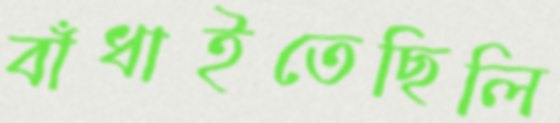
বাঁধাইতেছিলি